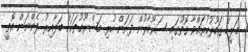
މަލީހް ގަބޫލުކުރައްވާ ގޮތުގައި ސަރުކާރުން ފަށަން ހުރި މަޝްރޫއުތަކަށް ބަލާއިރު ފެންނަން އޮތީ